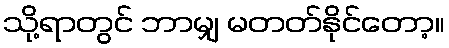
သို့ရာတွင် ဘာမျှ မတတ်နိုင်တော့။